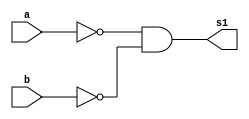
// -------------------------
// Guia_05 - GATES
// Nome: Marcos Antonio Lommez Candido Ribeiro
// 31/08/2022
// -------------------------

module notA_and_notB(output s1, input a, input b);
    wire w_1, w_2, w_3;
    nand NAND1(w_1, a, a);
    nand NAND2(w_2, b, b);
    nand NAND3(w_3, w_1, w_2);
    nand NAND4(s1, w_3, w_3);
endmodule

module ex;
    reg a, b;    // independente
    wire s1;

    // nand NAND1(s1, a, b);
    notA_and_notB EX05_1(s1, a, b);

    initial
        begin: initial_values
            a = 1'b0; b = 1'b0;
        end

    initial
        begin: main
            $display ( "Marcos Antonio Lommez Candido Ribeiro - 771157" );
            $display ( "Guia05 - (~a & ~b) (with NAND)" );
            $display ( "a b =  s");
            $monitor ( "%b %b =  %b", a, b, s1);

            #1 a = 0; b = 0; 
            #1 a = 0; b = 1;
            #1 a = 1; b = 0;
            #1 a = 1; b = 1;
        end

endmodule